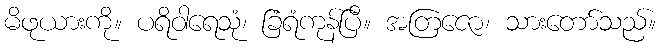
မိဖုယားကို။ ပရိဝါရေသုံ၊ ခြံရံကုန်ပြီ။ အတြဇော၊ သားတော်သည်။